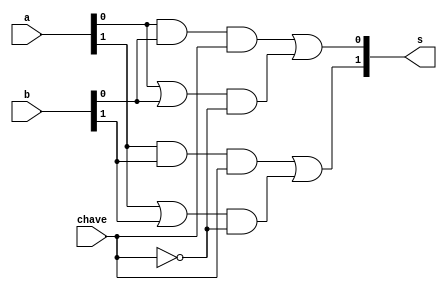
// ------------------------- 
// Exemplo0032 - F4 
// Nome: Rodr1go Arruda de Assis  
// ------------------------- 

// ------------------------- 
// f4_gate 
// ------------------------- 
	module f4 (output [1:0] s, 
	input [1:0] a, 
	input [1:0] b, 
	input chave); 

// descrever por portas
	wire [1:0]s1_and;
	wire [1:0]s2_or;
	wire [3:0]saida;
	wire s_not;
	
	and AND1(s1_and[0],a[0],b[0]);
	and AND2(s1_and[1],a[1],b[1]);
	
	or OR1(s2_or[0],a[0],b[0]);
	or OR2(s2_or[1],a[1],b[1]);
	
	and AND3(saida[0], s1_and[0],chave);
	and AND4(saida[1], s1_and[1],chave);
	
	and AND5(saida[2], s2_or[0],s_not);
	and AND6(saida[3], s2_or[1],s_not);
	 
	not NOT1(s_not,chave);
	
	or OR3(s[0], saida[0], saida[2]);
	or OR4(s[1], saida[1], saida[3]);
	 
	endmodule // f4 
	module test_f4; 

// ------------------------- definir dados 
	reg [1:0] x; 
	reg [1:0] y;
	reg  ch;
	wire [1:0] z; 
	f4 modulo (z, x, y, ch); 

// ------------------------- parte principal 
	initial begin 
	$display("Exemplo0032 - Rodrigo Arruda de Assis - 427460"); 
	$display("Test LU's module");
	$display("Legenda da chave: O-OR 1-AND \n"); 
		
		#1 x = 4'b10;   y = 4'b01; ch = 0; 

// projetar testes do modulo 
	 $monitor("Chave = %1b\t x = %2b \t y = %2b\t  saida = %2b\n",ch,x,y,z);
	 
	 #1 x = 2'b00; y = 2'b10; ch = 1;
	 #1 x = 2'b00; y = 2'b10; ch = 0;
	 	
	 #1 x = 2'b11; y = 2'b00; ch = 0;
	 #1 x = 2'b11; y = 2'b00; ch = 1;
	 
	 #1 x = 2'b00; y = 2'b00; ch = 0;
	 #1 x = 2'b00; y = 2'b00; ch = 1;
	 
	 #1 x = 2'b10; y = 2'b10; ch = 0;
	 #1 x = 2'b10; y = 2'b10; ch = 1;
	 
end 
endmodule // test_f4